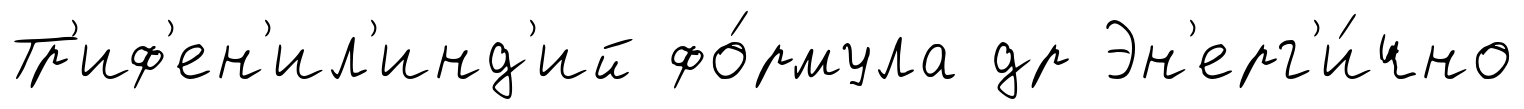
Тр'иф'ен'ил'инд'ий фо́рмула др Эн'ерг'и́чно